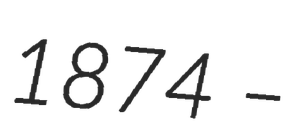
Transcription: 1874 –